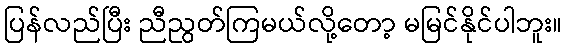
ပြန်လည်ပြီး ညီညွတ်ကြမယ်လို့တော့ မမြင်နိုင်ပါဘူး။